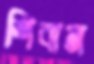
শিবান